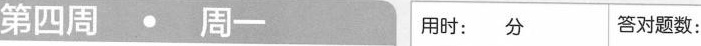
第四周 · 周一 用时：分 答对题数：